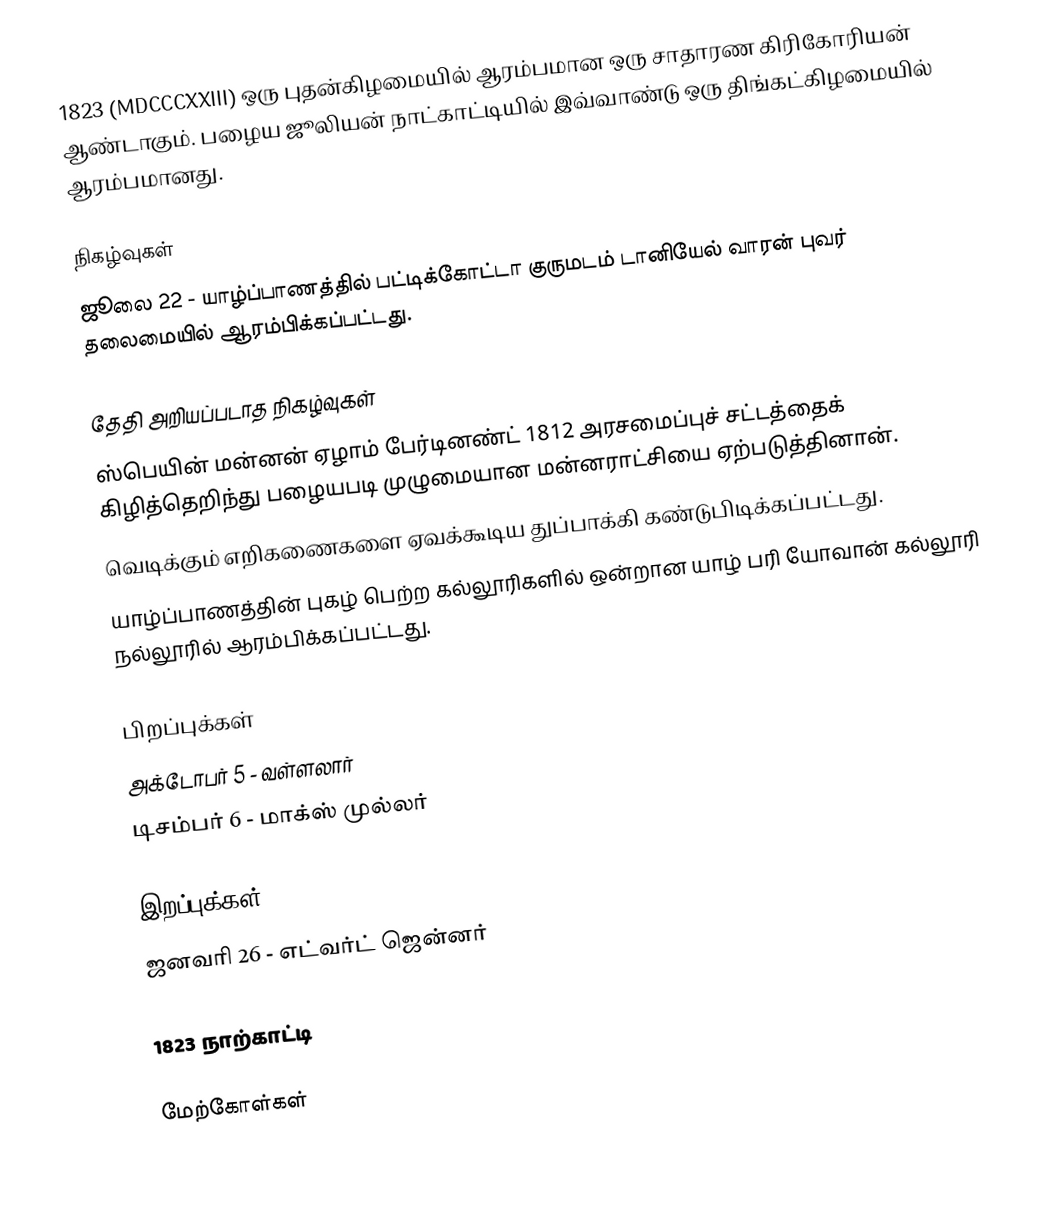
1823  (MDCCCXXIII) ஒரு புதன்கிழமையில் ஆரம்பமான ஒரு சாதாரண கிரிகோரியன் ஆண்டாகும். பழைய ஜூலியன் நாட்காட்டியில் இவ்வாண்டு ஒரு திங்கட்கிழமையில் ஆரம்பமானது.

நிகழ்வுகள்
 ஜூலை 22 - யாழ்ப்பாணத்தில் பட்டிக்கோட்டா குருமடம் டானியேல் வாரன் புவர் தலைமையில் ஆரம்பிக்கப்பட்டது.

தேதி அறியப்படாத நிகழ்வுகள்
 ஸ்பெயின் மன்னன் ஏழாம் பேர்டினண்ட் 1812 அரசமைப்புச் சட்டத்தைக் கிழித்தெறிந்து பழையபடி முழுமையான மன்னராட்சியை ஏற்படுத்தினான்.
 வெடிக்கும் எறிகணைகளை ஏவக்கூடிய துப்பாக்கி கண்டுபிடிக்கப்பட்டது.
 யாழ்ப்பாணத்தின் புகழ் பெற்ற கல்லூரிகளில் ஒன்றான யாழ் பரி யோவான் கல்லூரி நல்லூரில் ஆரம்பிக்கப்பட்டது.

பிறப்புக்கள்
 அக்டோபர் 5 - வள்ளலார்
 டிசம்பர் 6 - மாக்ஸ் முல்லர்

இறப்புக்கள்
 ஜனவரி 26 - எட்வர்ட் ஜென்னர்

1823 நாற்காட்டி

மேற்கோள்கள்